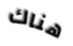
هناك